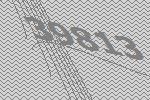
39813